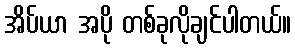
အိပ်ယာ အပို တစ်ခုလိုချင်ပါတယ်။